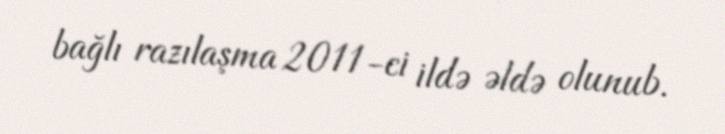
bağlı razılaşma 2011-ci ildə əldə olunub.